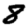
Digit: 8